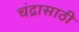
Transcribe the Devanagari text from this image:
चंद्रासाठी